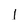
Character: l